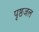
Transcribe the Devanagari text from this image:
पृष्ठजल